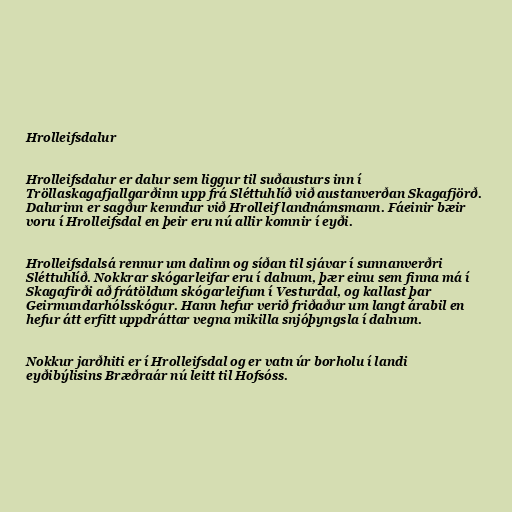
Hrolleifsdalur

Hrolleifsdalur er dalur sem liggur til suðausturs inn í
Tröllaskagafjallgarðinn upp frá Sléttuhlíð við austanverðan Skagafjörð.
Dalurinn er sagður kenndur við Hrolleif landnámsmann. Fáeinir bæir
voru í Hrolleifsdal en þeir eru nú allir komnir í eyði.

Hrolleifsdalsá rennur um dalinn og síðan til sjávar í sunnanverðri
Sléttuhlíð. Nokkrar skógarleifar eru í dalnum, þær einu sem finna má í
Skagafirði að frátöldum skógarleifum í Vesturdal, og kallast þar
Geirmundarhólsskógur. Hann hefur verið friðaður um langt árabil en
hefur átt erfitt uppdráttar vegna mikilla snjóþyngsla í dalnum.

Nokkur jarðhiti er í Hrolleifsdal og er vatn úr borholu í landi
eyðibýlisins Bræðraár nú leitt til Hofsóss.